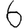
Digit: 6